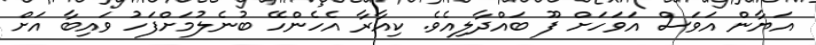
އަޔާން އަވަސް އަވަހަށް ފޫ ބައްދާލިއެވެ. ކިއާރާ އެހެންހޭ ބުނެލުމަށްފަހު ވައިބާ އަށް